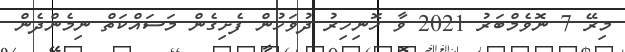
މިރޭ 7 ނޮވެމްބަރު 2021 ވާ ހޮނިހިރު ދުވަހުން ފެށިގެން މަސައްކަތް ނިމެންދެން